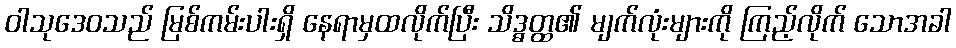
ဝါသုဒေဝသည် မြစ်ကမ်းပါးရှိ နေရာမှထလိုက်ပြီး သိဒ္ဓတ္ထ၏ မျက်လုံးများကို ကြည့်လိုက် သောအခါ